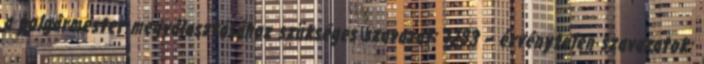
a polgármester megválasztásához szükséges szavazat: 1283 – érvénytelen szavazatok: